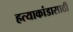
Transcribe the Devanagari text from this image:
हत्याकांडासाठी